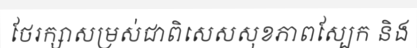
ថែរក្សាសម្រស់ជាពិសេសសុខភាពស្បែក និង